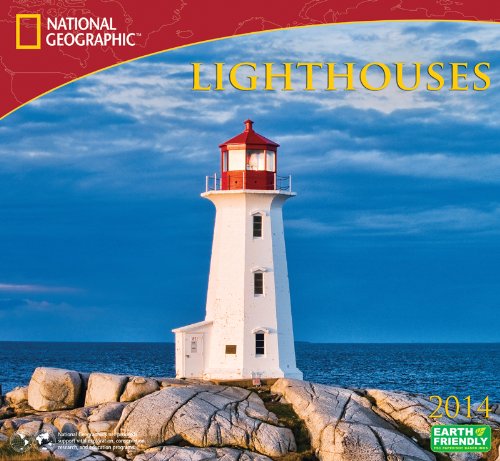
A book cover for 2014 National Geographic Lighthouses Deluxe Wall; Zebra Publishing Corp.; Calendars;